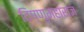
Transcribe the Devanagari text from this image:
विष्णुमहाराज